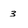
Character: 3